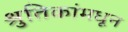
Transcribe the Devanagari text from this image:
श्रुतिकांमधून